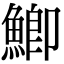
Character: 鯽